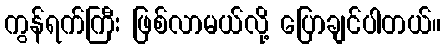
ကွန်ရက်ကြီး ဖြစ်လာမယ်လို့ ပြောချင်ပါတယ်။